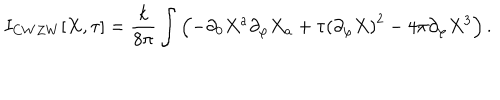
LaTeX: I _ { C W Z W } [ X , \tau ] = \frac { k } { 8 \pi } \int \left( - \partial _ { 0 } X ^ { a } \partial _ { \varphi } X _ { a } + \tau \left( \partial _ { \varphi } X \right) ^ { 2 } - 4 \pi \partial _ { \varphi } X ^ { 3 } \right) .